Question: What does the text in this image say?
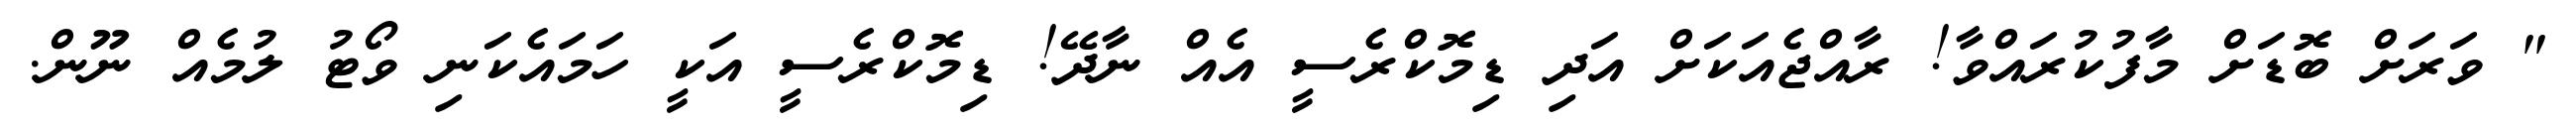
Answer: " ވަރަށް ބޮޑަށް މާފުކުރައްވާ! ރާއްޖެއަކަށް އަދި ޑިމޮކްރެސީ އެއް ނާދޭ! ޑިމޮކްރެސީ އަކީ ހަމައެކަނި ވޯޓު ލުމެއް ނޫން.